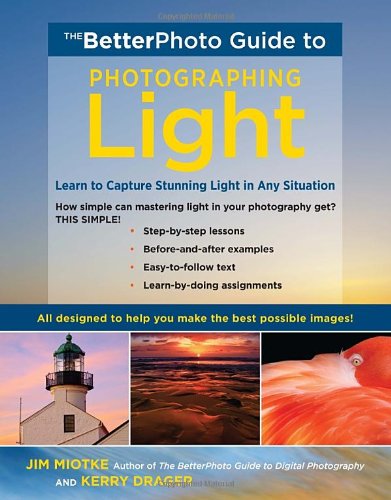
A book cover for The BetterPhoto Guide to Photographing Light: Learn to Capture Stunning Light in any Situation (BetterPhoto Series); Jim Miotke; Arts & Photography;